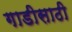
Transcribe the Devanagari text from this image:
गाडीसाठी